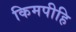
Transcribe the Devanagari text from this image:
किमपीहि